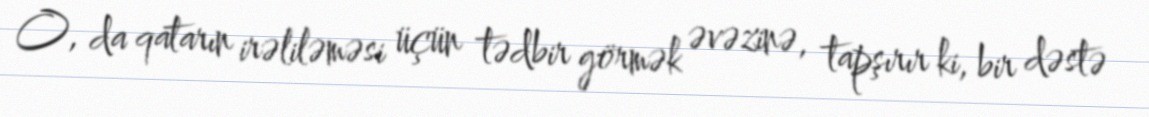
O, da qatarın irəliləməsi üçün tədbir görmək əvəzinə, tapşırır ki, bir dəstə